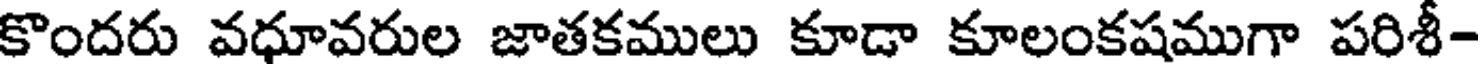
కొందరు వధూవరుల జాతకములు కూడా కూలంకషముగా పరిశీ-